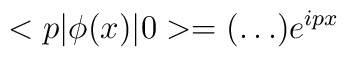
<p|{\phi}(x)|0>=( \ldots ) e^{ipx}